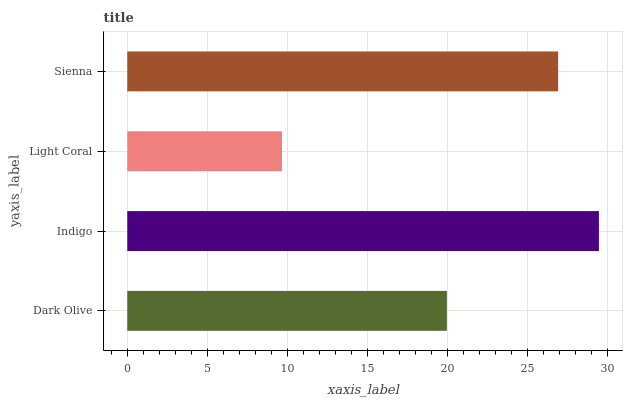
| yaxis_label | bars |
 | --- | --- |
 | Dark Olive | 20 |
 | Indigo | 29.5 |
 | Light Coral | 9.66 |
 | Sienna | 26.9 |